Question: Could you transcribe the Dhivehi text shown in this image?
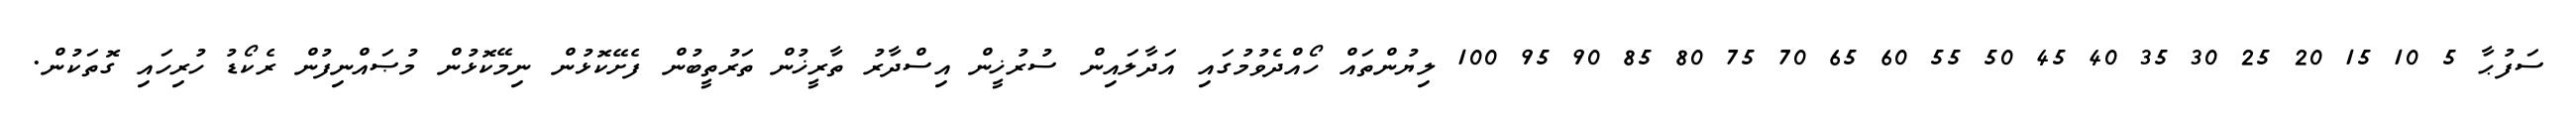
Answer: ސަފުޙާ 5 10 15 20 25 30 35 40 45 50 55 60 65 70 75 80 85 90 95 100 ލިޔުންތައް ހޯއްދެވުމުގައި އަދާލައިން ސުރުޚީން އިސްދާރު ތާރީޚުން ތަރުތީބުން ފެށޭކޮޅުން ނިމޭކޮޅުން މުޞައްނިފުން ރެކޯޑު ހުރިހައި ގޮތަކުން.